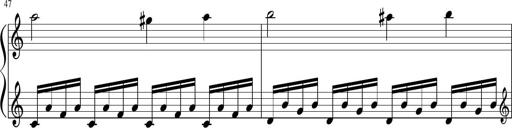
Title: Sonatina di Santa Gemma, JKB 12
Composer: Jason Baruk
Key: F major